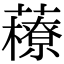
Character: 䕩